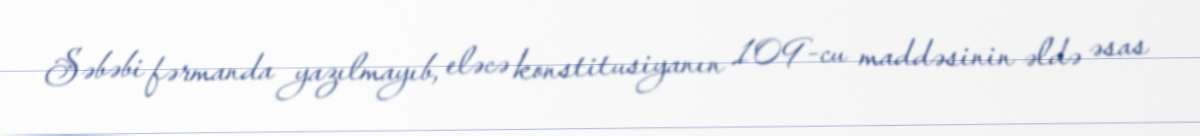
Səbəbi fərmanda yazılmayıb, eləcə konstitusiyanın 109-cu maddəsinin əldə əsas